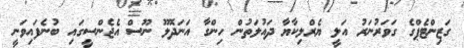
ގަޒިންޓެޕްގެ ގަވަރުނަރު އަލީ ޔެރްލިކާޔާ ދައުލަތުން ހިންގާ އަނަދޮލޫ ނޫސް އެޖެންސީގައި ބުނެފައިވަނީ